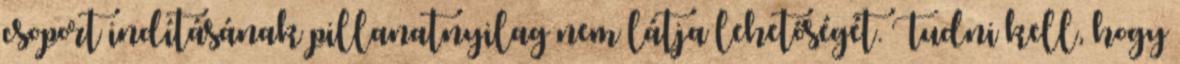
csoport indításának pillanatnyilag nem látja lehetőségét. Tudni kell, hogy